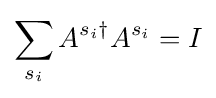
\sum _{s_{i}}A^{s_{i}\dagger }A^{s_{i}}=I